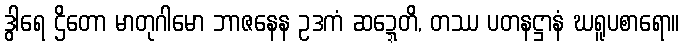
ဒွါရေ ဌိတော မာတုဂါမော ဘာဇနေန ဥဒကံ ဆဍ္ဍေတိ, တဿ ပတနဋ္ဌာနံ ဃရူပစာရော။